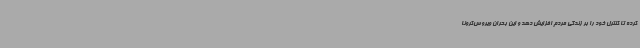
کرده تا کنترل خود را بر زندگی مردم افزایش دهد و این بحران ویروس‌کرونا